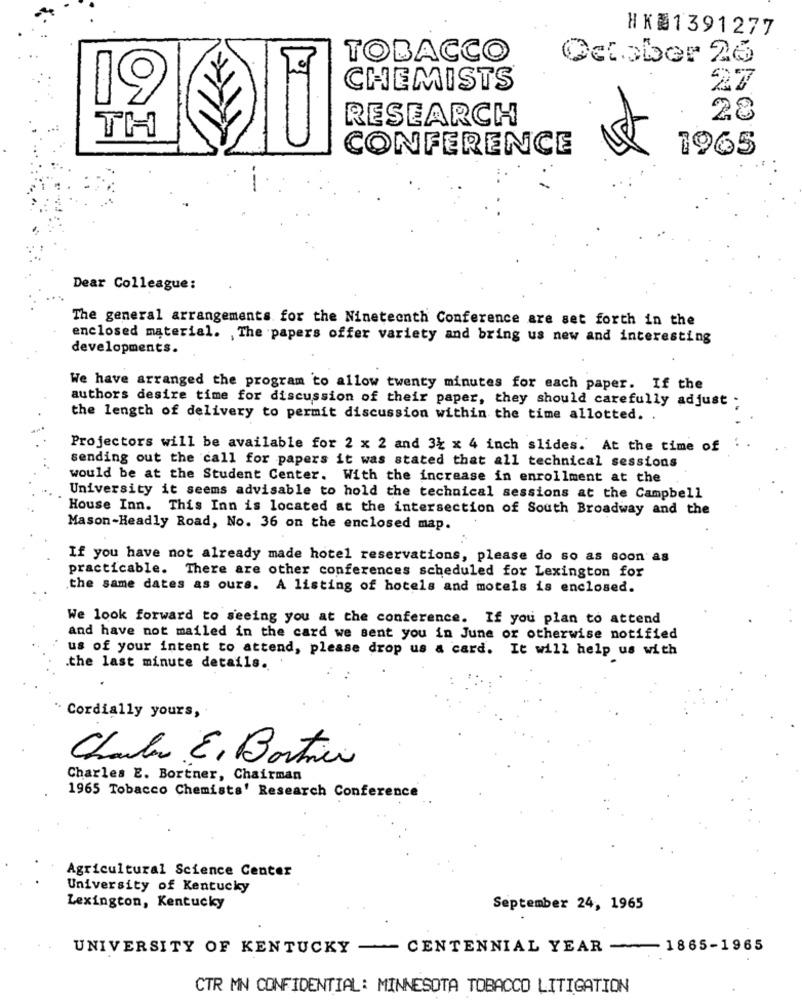
HK81391277
TOBACCO
October 26
CHEMISTS
27
19
RESEARCH
28
TH
CONFERENCE
1965
Dear Colleague:
The general arrangements for the Nineteenth Conference are set forth in the
enclosed material. , The papers offer variety and bring us new and interesting
developments.
We have arranged the program to allow twenty minutes for each paper. If the
authors desire time for discussion of their paper, they should carefully adjust .
the length of delivery to permit discussion within the time allotted. .
Projectors will be available for 2 x 2 and 3% x 4 inch slides. At the time of
sending out the call for papers it was stated that all technical sessions
would be at the Student Center. With the increase in enrollment at the
University it seems advisable to hold the technical sessions at the Campbell
House Inn. This Inn is located at the intersection of South Broadway and the
Mason-Headly Road, No. 36 on the enclosed map.
If you have not already made hotel reservations, please do so as soon as
practicable. There are other conferences scheduled for Lexington for
the same dates as ours. A listing of hotels and motels is enclosed.
We look forward to seeing you at the conference. If you plan to attend
and have not mailed in the card we sent you in June or otherwise notified
us of your intent to attend, please drop us a card. It will help us with
the last minute details.
Cordially yours,
Charles E, Bortien
Charles E. Bortner, Chairman
1965 Tobacco Chemists' Research Conference
Agricultural Science Center
University of Kentucky
Lexington, Kentucky
September 24, 1965
UNIVERSITY OF KENTUCKY - CENTENNIAL YEAR - 1865-1965
CTR MN CONFIDENTIAL: MINNESOTA TOBACCO LITIGATION